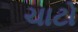
ચાટો